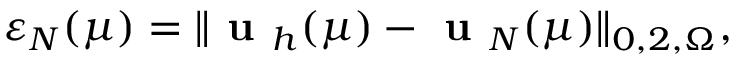
\varepsilon _ { N } ( \mu ) = \| \textbf { u } _ { h } ( \mu ) - \textbf { u } _ { N } ( \mu ) \| _ { 0 , 2 , \Omega } ,